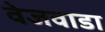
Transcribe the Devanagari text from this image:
वेजवाडा